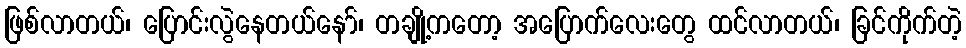
ဖြစ်လာတယ်၊ ပြောင်းလွဲနေတယ်နော်၊ တချို့ကတော့ အပြောက်လေးတွေ ထင်လာတယ်၊ ခြင်ကိုက်တဲ့